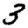
Digit: 3